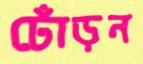
ঢোঁড়ন